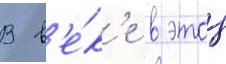
В в'е́к'е в этои